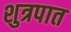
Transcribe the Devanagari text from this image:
शुत्रपात